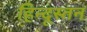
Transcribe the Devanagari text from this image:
हिन्दूस्तन